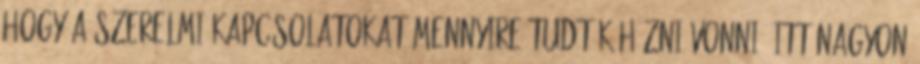
hogy a szerelmi kapcsolatokat mennyire tudták húzni-vonni, itt nagyon